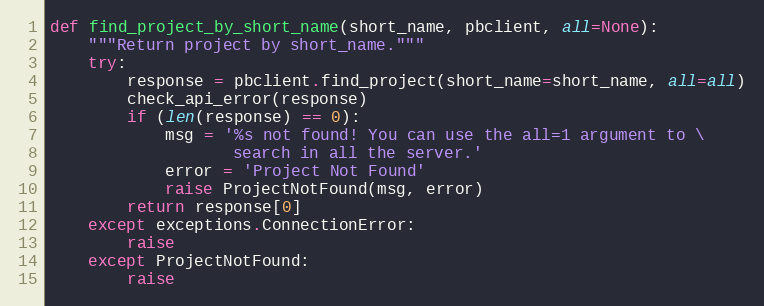
Language: Python
def find_project_by_short_name(short_name, pbclient, all=None):
    """Return project by short_name."""
    try:
        response = pbclient.find_project(short_name=short_name, all=all)
        check_api_error(response)
        if (len(response) == 0):
            msg = '%s not found! You can use the all=1 argument to \
                   search in all the server.'
            error = 'Project Not Found'
            raise ProjectNotFound(msg, error)
        return response[0]
    except exceptions.ConnectionError:
        raise
    except ProjectNotFound:
        raise